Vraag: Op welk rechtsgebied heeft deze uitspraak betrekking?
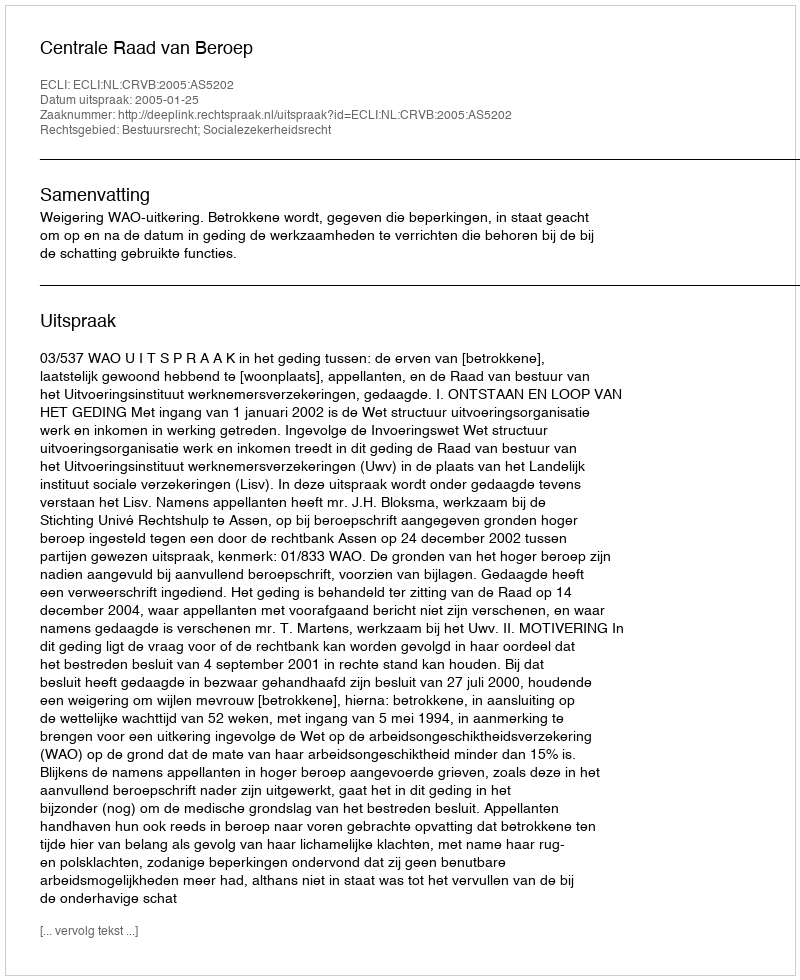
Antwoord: Bestuursrecht; Socialezekerheidsrecht